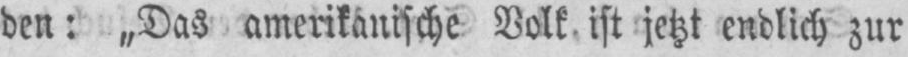
den: „Das amerikanische Volk ist jetzt endlich zur